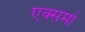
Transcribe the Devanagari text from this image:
एक्समो